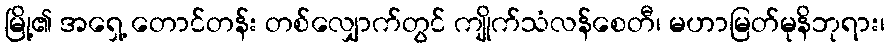
မြို့၏ အရှေ့ တောင်တန်း တစ်လျှောက်တွင် ကျိုက်သံလန်စေတီ၊ မဟာမြတ်မုနိဘုရား၊